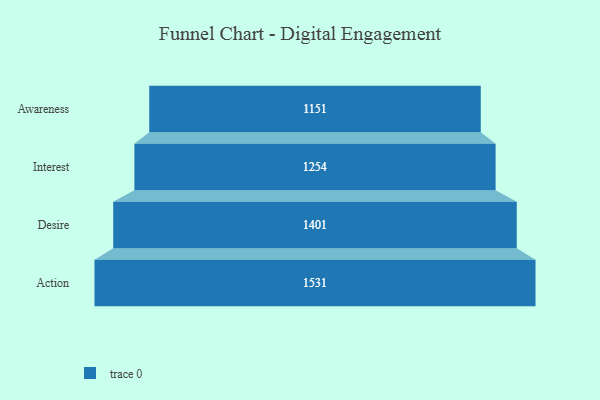
{"axis": {"x": "Stage", "y": "Value"}, "legend": [""], "data": [{"x": "Awareness", "y": 1151.0, "type": ""}, {"x": "Interest", "y": 1254.0, "type": ""}, {"x": "Desire", "y": 1401.0, "type": ""}, {"x": "Action", "y": 1531.0, "type": ""}]}